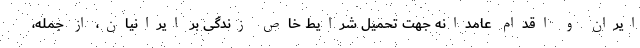
ایران و اقدام عامدانه جهت تحمیل شرایط خاص زندگی بر ایرانیان، از جمله،